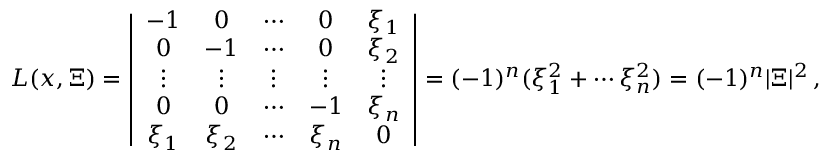
L ( x , \Xi ) = \left| \begin{array} { c c c c c } { - 1 } & { 0 } & { \cdots } & { 0 } & { \xi _ { 1 } } \\ { 0 } & { - 1 } & { \cdots } & { 0 } & { \xi _ { 2 } } \\ { \vdots } & { \vdots } & { \vdots } & { \vdots } & { \vdots } \\ { 0 } & { 0 } & { \cdots } & { - 1 } & { \xi _ { n } } \\ { \xi _ { 1 } } & { \xi _ { 2 } } & { \cdots } & { \xi _ { n } } & { 0 } \end{array} \right| = ( - 1 ) ^ { n } ( \xi _ { 1 } ^ { 2 } + \cdots \xi _ { n } ^ { 2 } ) = ( - 1 ) ^ { n } | \Xi | ^ { 2 } \, ,